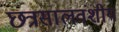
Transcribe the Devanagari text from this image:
छत्रसालवंशीय